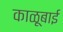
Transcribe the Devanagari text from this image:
काळूबाई